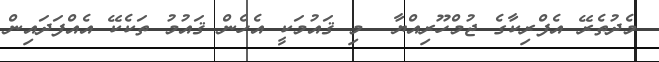
މެދުތެރޭ އެފްރިކާގެ ޖުމްހޫރިއްޔާ  މި ޤައުމަކީ އެހެން ޤައުމު ތަކެކޭ އެއްފަދައިން